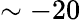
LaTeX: \sim-20